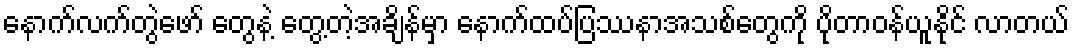
နောက်လက်တွဲဖော် တွေနဲ့ တွေ့တဲ့အချိန်မှာ နောက်ထပ်ပြဿနာအသစ်တွေကို ပိုတာဝန်ယူနိုင် လာတယ်